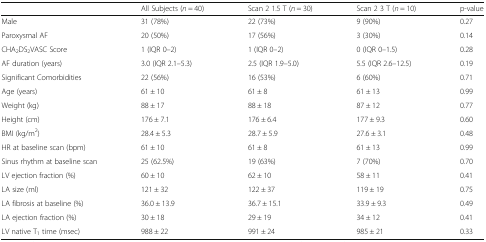
<table><thead><tr><td></td><td><b>All Subjects (<i>n</i> = 40)</b></td><td><b>Scan 2 1.5 T (<i>n</i> = 30)</b></td><td><b>Scan 2 3 T (<i>n</i> = 10)</b></td><td><b>p-value</b></td></tr></thead><tbody><tr><td>Male</td><td>31 (78%)</td><td>22 (73%)</td><td>9 (90%)</td><td>0.27</td></tr><tr><td>Paroxysmal AF</td><td>20 (50%)</td><td>17 (56%)</td><td>3 (30%)</td><td>0.14</td></tr><tr><td>CHA<sub>2</sub>DS<sub>2</sub>VASC Score</td><td>1 (IQR 0–2)</td><td>1 (IQR 0–2)</td><td>0 (IQR 0–1.5)</td><td>0.28</td></tr><tr><td>AF duration (years)</td><td>3.0 (IQR 2.1–5.3)</td><td>2.5 (IQR 1.9–5.0)</td><td>5.5 (IQR 2.6–12.5)</td><td>0.19</td></tr><tr><td>Significant Comorbidities</td><td>22 (56%)</td><td>16 (53%)</td><td>6 (60%)</td><td>0.71</td></tr><tr><td>Age (years)</td><td>61 ± 10</td><td>61 ± 8</td><td>61 ± 13</td><td>0.99</td></tr><tr><td>Weight (kg)</td><td>88 ± 17</td><td>88 ± 18</td><td>87 ± 12</td><td>0.77</td></tr><tr><td>Height (cm)</td><td>176 ± 7.1</td><td>176 ± 6.4</td><td>177 ± 9.3</td><td>0.60</td></tr><tr><td>BMI (kg/m<sup>2</sup>)</td><td>28.4 ± 5.3</td><td>28.7 ± 5.9</td><td>27.6 ± 3.1</td><td>0.48</td></tr><tr><td>HR at baseline scan (bpm)</td><td>61 ± 10</td><td>61 ± 8</td><td>61 ± 13</td><td>0.99</td></tr><tr><td>Sinus rhythm at baseline scan</td><td>25 (62.5%)</td><td>19 (63%)</td><td>7 (70%)</td><td>0.70</td></tr><tr><td>LV ejection fraction (%)</td><td>60 ± 10</td><td>62 ± 10</td><td>58 ± 11</td><td>0.41</td></tr><tr><td>LA size (ml)</td><td>121 ± 32</td><td>122 ± 37</td><td>119 ± 19</td><td>0.75</td></tr><tr><td>LA fibrosis at baseline (%)</td><td>36.0 ± 13.9</td><td>36.7 ± 15.1</td><td>33.9 ± 9.3</td><td>0.49</td></tr><tr><td>LA ejection fraction (%)</td><td>30 ± 18</td><td>29 ± 19</td><td>34 ± 12</td><td>0.41</td></tr><tr><td>LV native T<sub>1</sub> time (msec)</td><td>988 ± 22</td><td>991 ± 24</td><td>985 ± 21</td><td>0.33</td></tr></tbody></table>